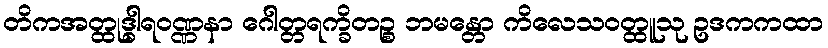
တိကအတ္ထုဒ္ဓါရဝဏ္ဏနာ ဂေါတ္တရက္ခိတဉ္စ ဘမန္တော ကိလေသဝတ္ထူသု ဥဒကကထာ